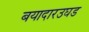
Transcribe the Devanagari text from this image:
बयादारउघड